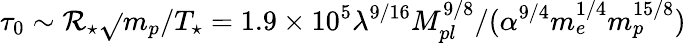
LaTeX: \tau_{0}\sim\mathcal{R}_{\star}\sqrt{}{{m_{p}/T_{\star}}}=1.9\times10^{5}\lambda^{9/16}M_{pl}^{9/8}/(\alpha^{9/4}m_{e}^{1/4}m_{p}^{15/8})